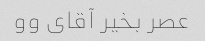
عصر بخیر آقای وو